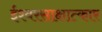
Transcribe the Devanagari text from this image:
ईश्वरसाक्षात्कार